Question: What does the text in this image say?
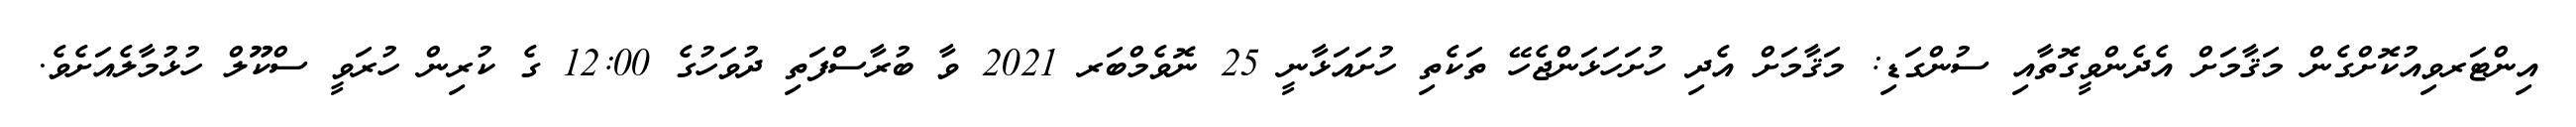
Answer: އިންޓަރވިއުކޮށްގެން މަޤާމަށް އެދެންވީގޮތާއި ސުންގަޑި: މަޤާމަށް އެދި ހުށަހަޅަންޖެހޭ ތަކެތި ހުށައަޅާނީ 25 ނޮވެމްބަރ 2021 ވާ ބުރާސްފަތި ދުވަހުގެ 12:00 ގެ ކުރިން ހުރަވީ ސްކޫލް ހުޅުމާލެއަށެވެ.